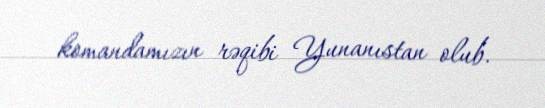
komandamızın rəqibi Yunanıstan olub.